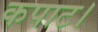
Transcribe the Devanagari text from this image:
कपाट।